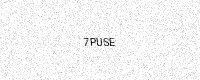
Text: 7PUSE